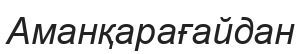
Аманқарағайдан